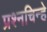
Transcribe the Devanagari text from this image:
प्रश्नचिन्हे